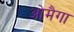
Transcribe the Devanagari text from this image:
ओमैगा